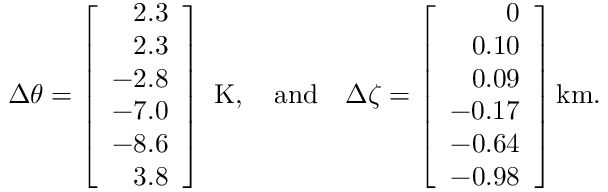
{ \Delta \theta } = \left[ \begin{array} { r } { 2 . 3 } \\ { 2 . 3 } \\ { - 2 . 8 } \\ { - 7 . 0 } \\ { - 8 . 6 } \\ { 3 . 8 } \end{array} \right] \mathrm { ~ K } , \quad \mathrm { a n d } \quad { \Delta \zeta } = \left[ \begin{array} { r } { 0 } \\ { 0 . 1 0 } \\ { 0 . 0 9 } \\ { - 0 . 1 7 } \\ { - 0 . 6 4 } \\ { - 0 . 9 8 } \end{array} \right] \mathrm { k m } .